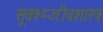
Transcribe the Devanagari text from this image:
सूक्श्म्जीवशास्त्र